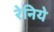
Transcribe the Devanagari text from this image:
रेनिये